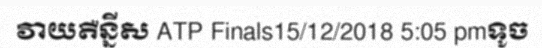
វាយតឺន្នីស ATP Finals15/12/2018 5:05 pmទូច